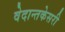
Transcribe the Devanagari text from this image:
वेदान्तकेसरी